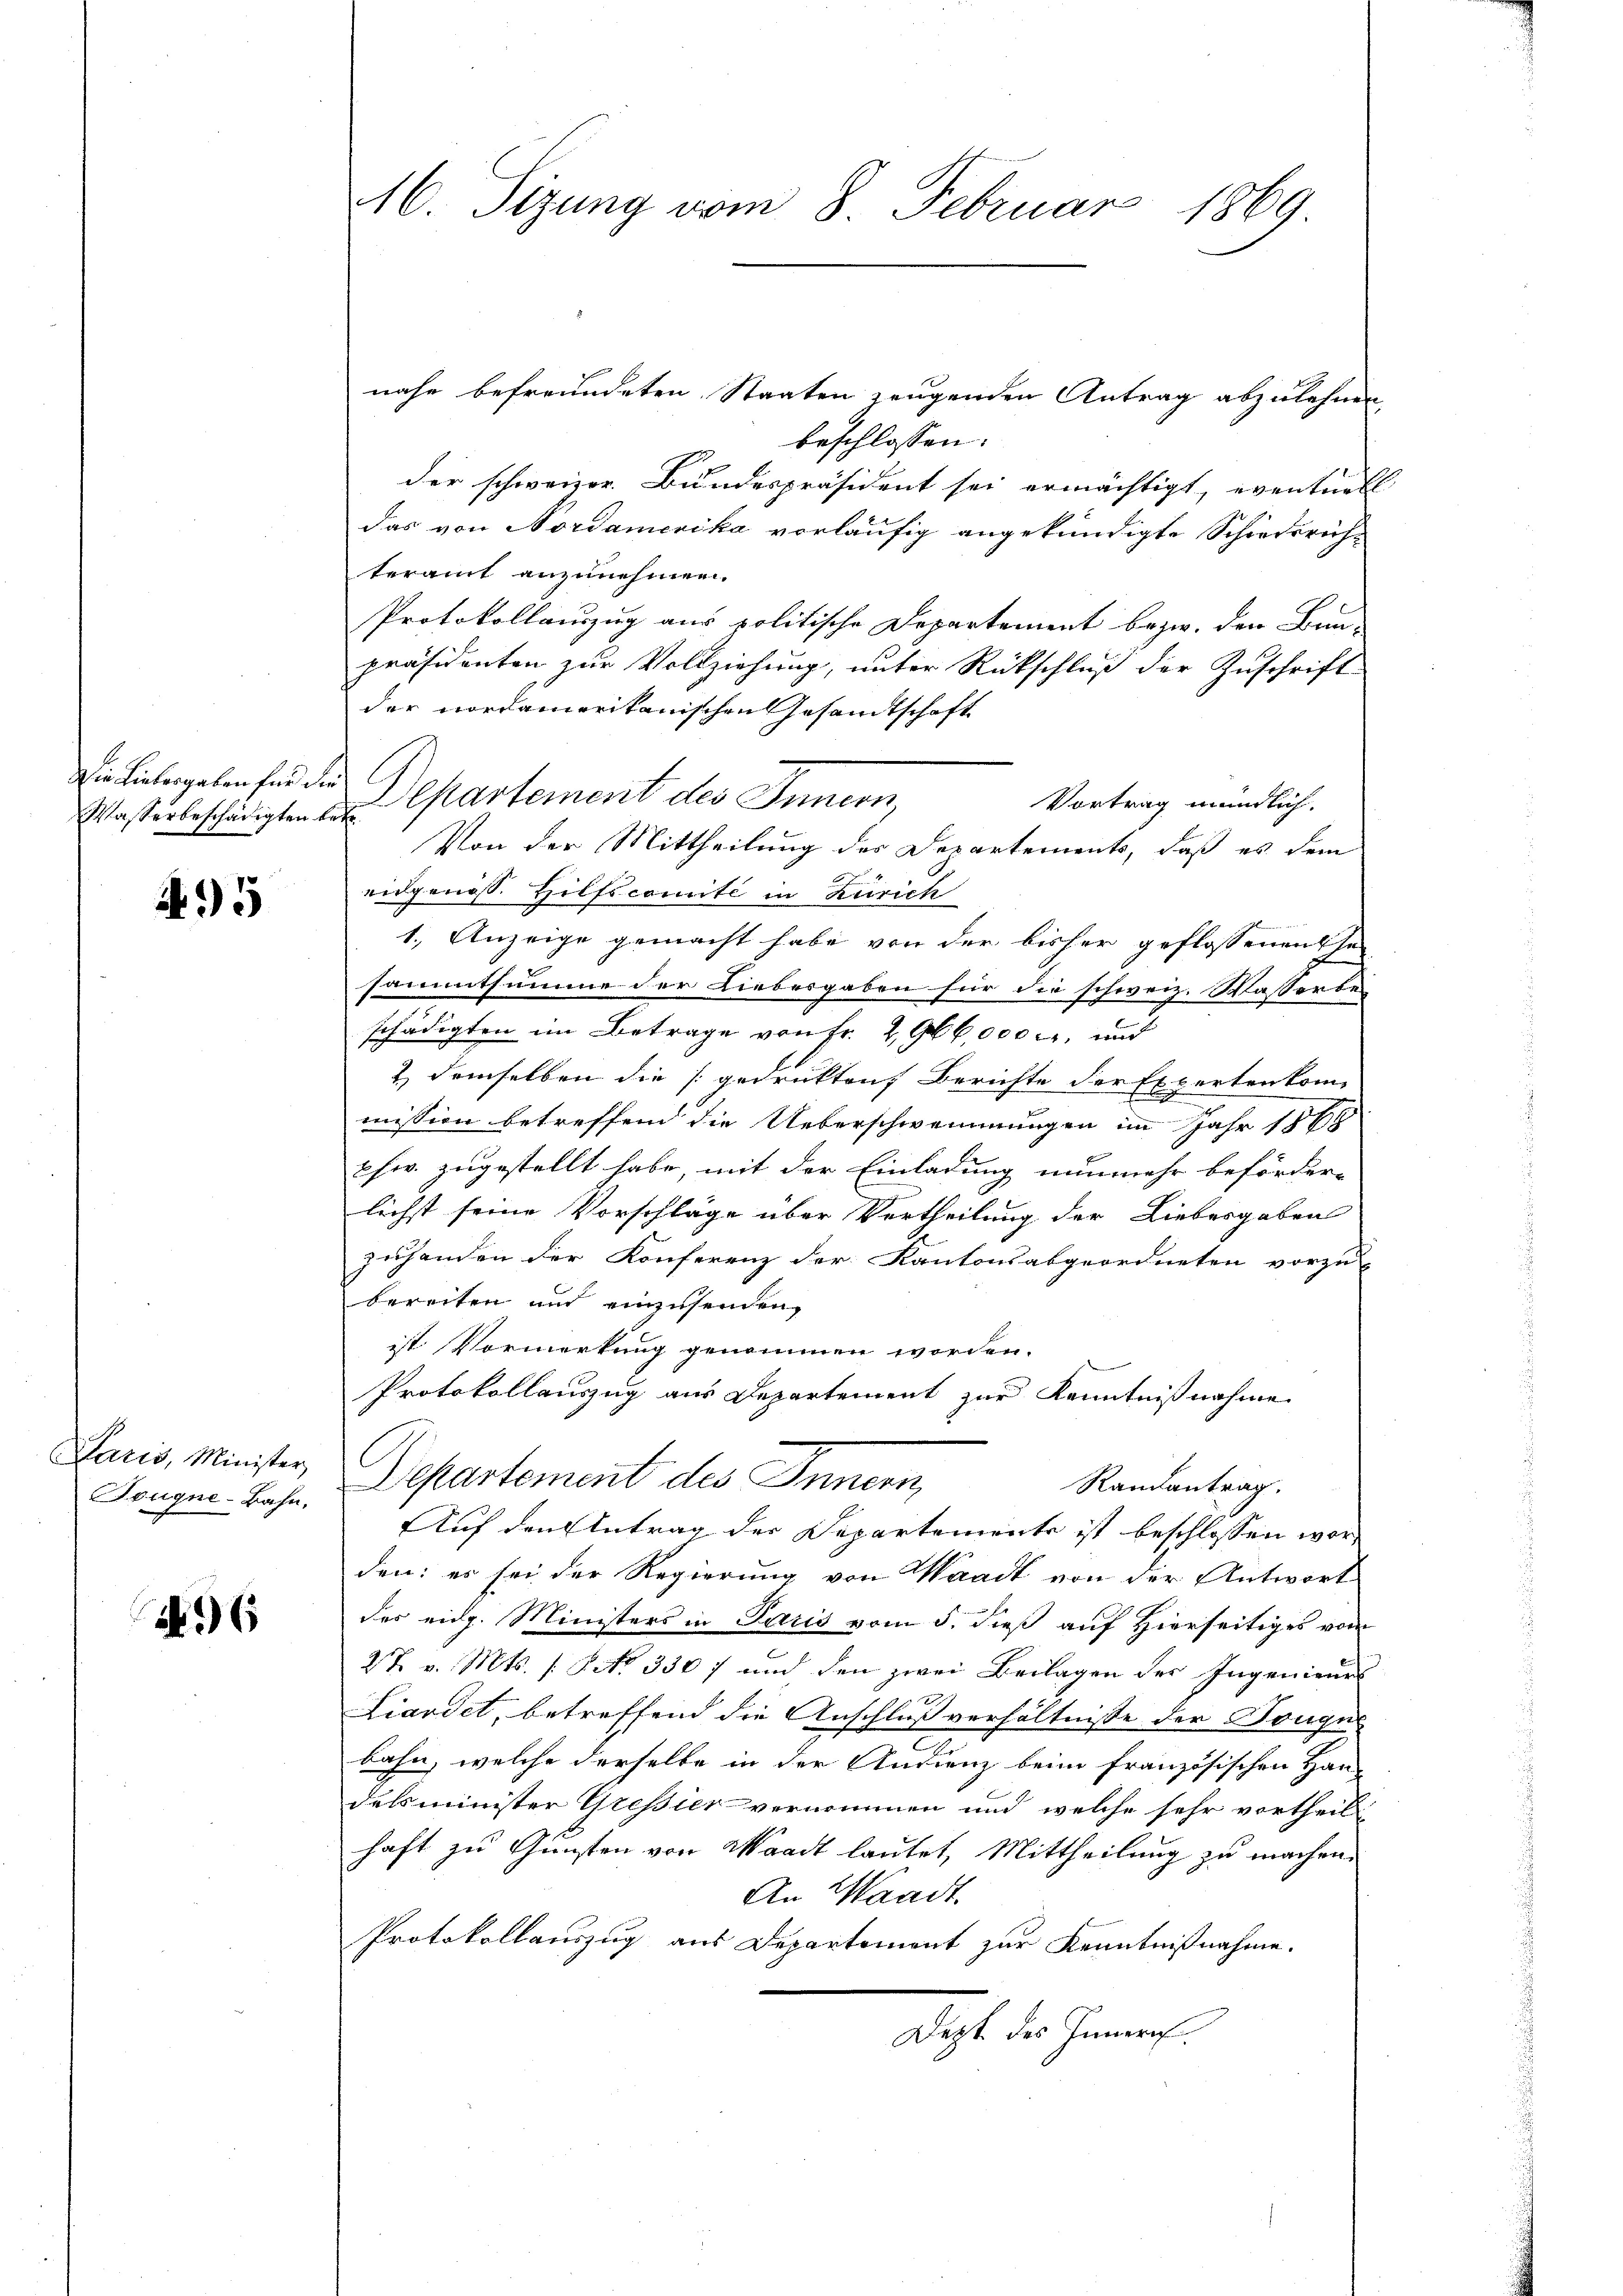
Die Liebergaben für dies

495

Paris, Minister,
Touque-Bahn,

6

A6. Sizung vom 8. Februar 1869

nahe befreundeten Staaten zeugenden Antrag abzulehnen
beschlossen:
der schweizer. Bundespräsident sei ermächtigt, eventuell |
das von Nordamerika vorläufig angekündigte Schiedsrich-
teramt anzunehmen.
Protokollauszug aus politische Departement bezw. den Bun-
präsidenten zur Vollziehung, unter Rückschluß der Zuschrift
der Nordamerikanischen Gesandtschaft
Vortrag mündlich.
Von der Mittheilung der Departements, daß es dem
eidgenoss. Hilfscomité in Zürich
1.) Anzeige gemacht habe von der bisher geflossenentse
sammtsumme der Liebesgaben für die schweiz. Wasserbei
schädigten im Betrage von Fr. 296,000 c. und
2) demselben die [gedrukteuf Berichte der Expertenkom-
e
mission betreffend die Ueberschwommungen im Jahr 1868
phw. zugestellt habe, mit der Einladung nunmehr beförder-
lichst seine Vorschläge über Vertheilung der Liebesgaben
zuhanden der Konferenz der Kantonsabgeordneten vorzu-
bereiten und einzusenden,
ist Vormerkung genommen worden.
Protokollauszug aus Departement zur Kenntnißnahme
Departement des Innern,
Randantrag.
Auf den Antrag der Departemente ist beschlossen war
den: es sei der Regierung von Waadt von der Antwort
des eidg. Ministers in Paris vom 5. dieß auf Hierseitiges vom
27. v. Mts. No. 330) und den zwei Beilagen der Ingenieurs
Liardet, betreffend die Anschluß verhältnisse der Tongue
bahn, welche derselbe in der Andrenz beim französischen Han-
delsminister Gressier vernommen und welche sehr vortheilt
haft zu Gunsten von Waadt lautet, Mittheilung zu machen.
An Waadt.
Protokollauszug aus Departement zur Kenntnißnahme.
Dept des Innern.

Wasterbeschädigten der Cartement des Innern,